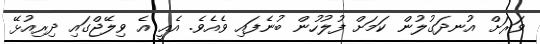
ވަަރަށް އުނދަގުލުން ކަމަށް ފުލުހުން ބުނެފައި ވެއެވެ. އެއީ އެ ވިލޭޖްގައި ދިރިއުޅޭ